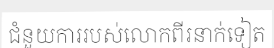
ជំនួយការរបស់លោកពីរនាក់ទៀត